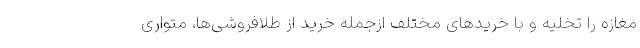
مغازه را تخلیه و با خریدهای مختلف ازجمله خرید از طلافروشی‌ها، متواری